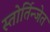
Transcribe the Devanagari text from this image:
स्तोर्तिन्जेत